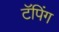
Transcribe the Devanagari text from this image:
टॅपिंग